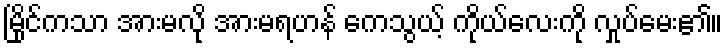
မြိုင်ကသာ အားမလို အားမရဟန် ကေသွယ့် ကိုယ်လေးကို လှုပ်မေး၏။